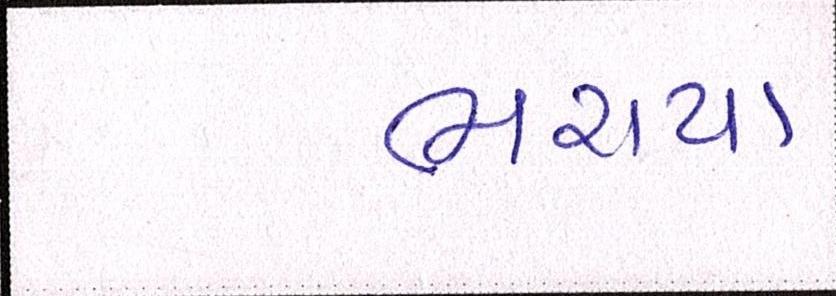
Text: ભરાયા